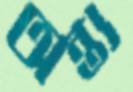
অন্ত্য